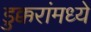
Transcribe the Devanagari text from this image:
डुक्करांमध्ये